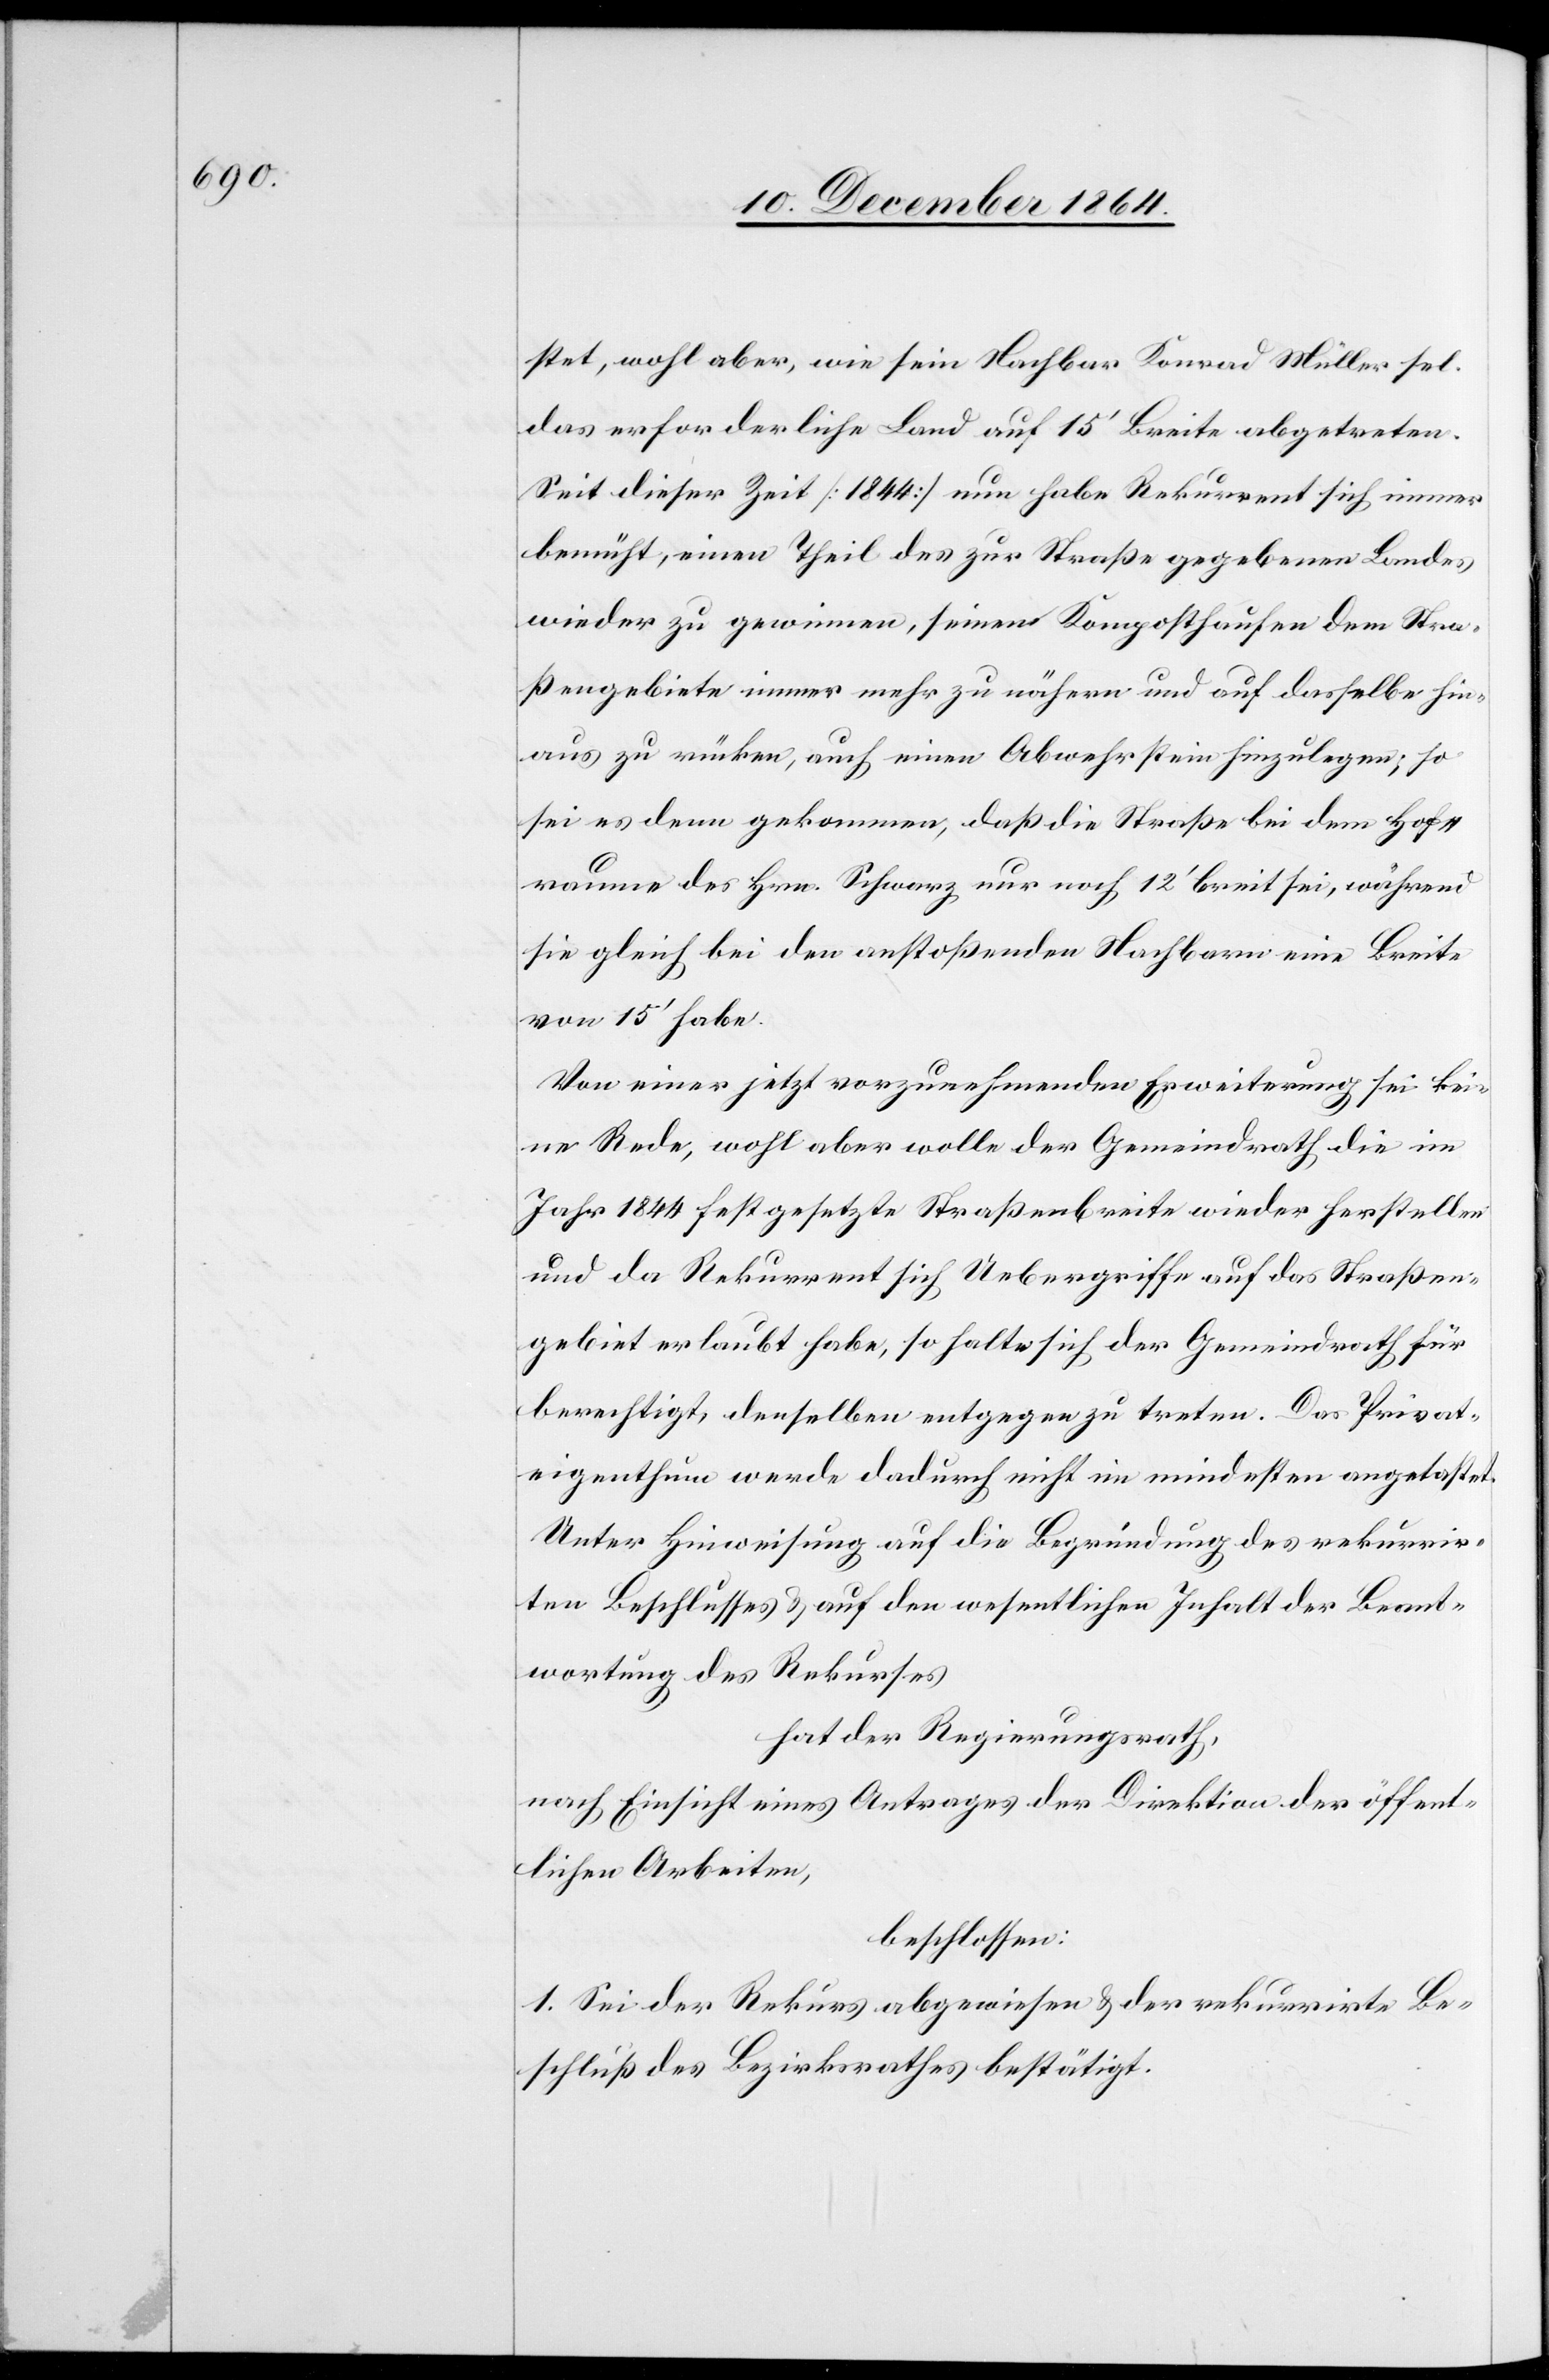
stet, wohl aber, wie sein Nachbar Konrad Müller sel.
das erforderliche Land auf 15’ Breite abgetreten.
Seit dieser Zeit [1844] nun habe Rekurrent sich immer
bemüht, einen Theil des zur Straße gegebenen Landes
wieder zu gewinnen, seinen Komposthaufen dem Stra¬
ßengebiete immer mehr zu nähern und auf dasselbe hin¬
aus zu rücken, auch einen Abwehrstein hinzulegen; so
sei es denn gekommen, daß die Straße bei dem Hof¬
raume des Hrn. Schwarz nur noch 12’ breit sei, während
sie gleich bei den anstoßenden Nachbarn eine Breite
von 15’ habe.
Von einer jetzt vorzunehmenden Erweiterung sei kei¬
ne Rede, wohl aber wolle der Gemeindrath die im
Jahr 1844 festgesetzte Straßenbreite wieder herstellen
und da Rekurrent sich Uebergriffe auf das Straßen¬
gebiet erlaubt habe, so halte sich der Gemeindrath für
berechtigt, denselben entgegen zu treten. Das Privat¬
eigenthum werde dadurch nicht im mindesten angelastet.
Unter Hinweisung auf die Begründung des rekurrir¬
ten Beschlusses & auf den wesentlichen Inhalt der Beant¬
wortung des Rekurses,
hat der Regierungsrath,
nach Einsicht eines Antrages der Direktion der öffent¬
lichen Arbeiten,
beschlossen:
1. Sei der Rekurs abgewiesen & der rekurrirte Be¬
schluß des Bezirksrathes bestätigt.